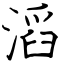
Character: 滔